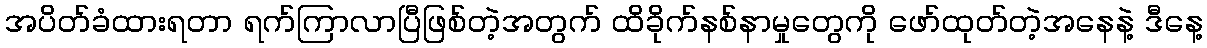
အပိတ်ခံထားရတာ ရက်ကြာလာပြီဖြစ်တဲ့အတွက် ထိခိုက်နစ်နာမှုတွေကို ဖော်ထုတ်တဲ့အနေနဲ့ ဒီနေ့